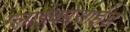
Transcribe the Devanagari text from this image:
ग्लाईकोसाईड